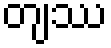
တျဿ